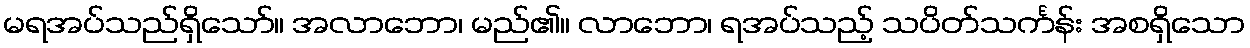
မရအပ်သည်ရှိသော်။ အလာဘော၊ မည်၏။ လာဘော၊ ရအပ်သည့် သပိတ်သင်္ကန်း အစရှိသော